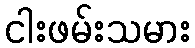
ငါးဖမ်းသမား